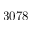
3 0 7 8